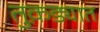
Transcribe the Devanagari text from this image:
तुक़ड्यात